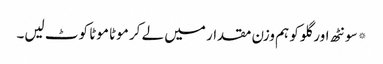
*سونٹھ اور گلو کو ہم وزن مقدار میں لے کر موٹا موٹا کوٹ لیں۔